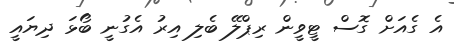
އެ ގެއަށް ގޮސް ޓީވީން ރިޕްލޭ ބެލި އިރު އެގުނީ ބޯޅަ ދިޔައީ